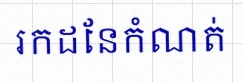
រកដែនកំណត់